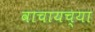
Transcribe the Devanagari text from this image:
वाचायच्या